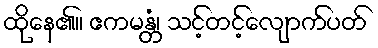
ထိုနေ၏။ ဧကမန္တံ၊ သင့်တင့်လျောက်ပတ်